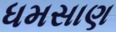
ધમસાણ